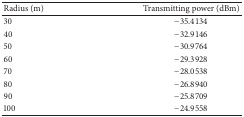
<table><thead><tr><td><b>Radius (m)</b></td><td><b>Transmitting power (dBm)</b></td></tr></thead><tbody><tr><td>30</td><td>−35.4134</td></tr><tr><td>40</td><td>−32.9146</td></tr><tr><td>50</td><td>−30.9764</td></tr><tr><td>60</td><td>−29.3928</td></tr><tr><td>70</td><td>−28.0538</td></tr><tr><td>80</td><td>−26.8940</td></tr><tr><td>90</td><td>−25.8709</td></tr><tr><td>100</td><td>−24.9558</td></tr></tbody></table>